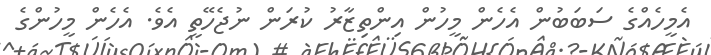
އެމީހެއްގެ ސަބަބުން އެހެން މީހުން އިންތިޒާރު ކުރަން ނުޖެހޭތީ އެވެ. އެހެން މީހުންގެ